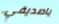
ياصديقي